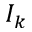
I _ { k }